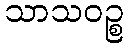
သာသဝဉ္စ